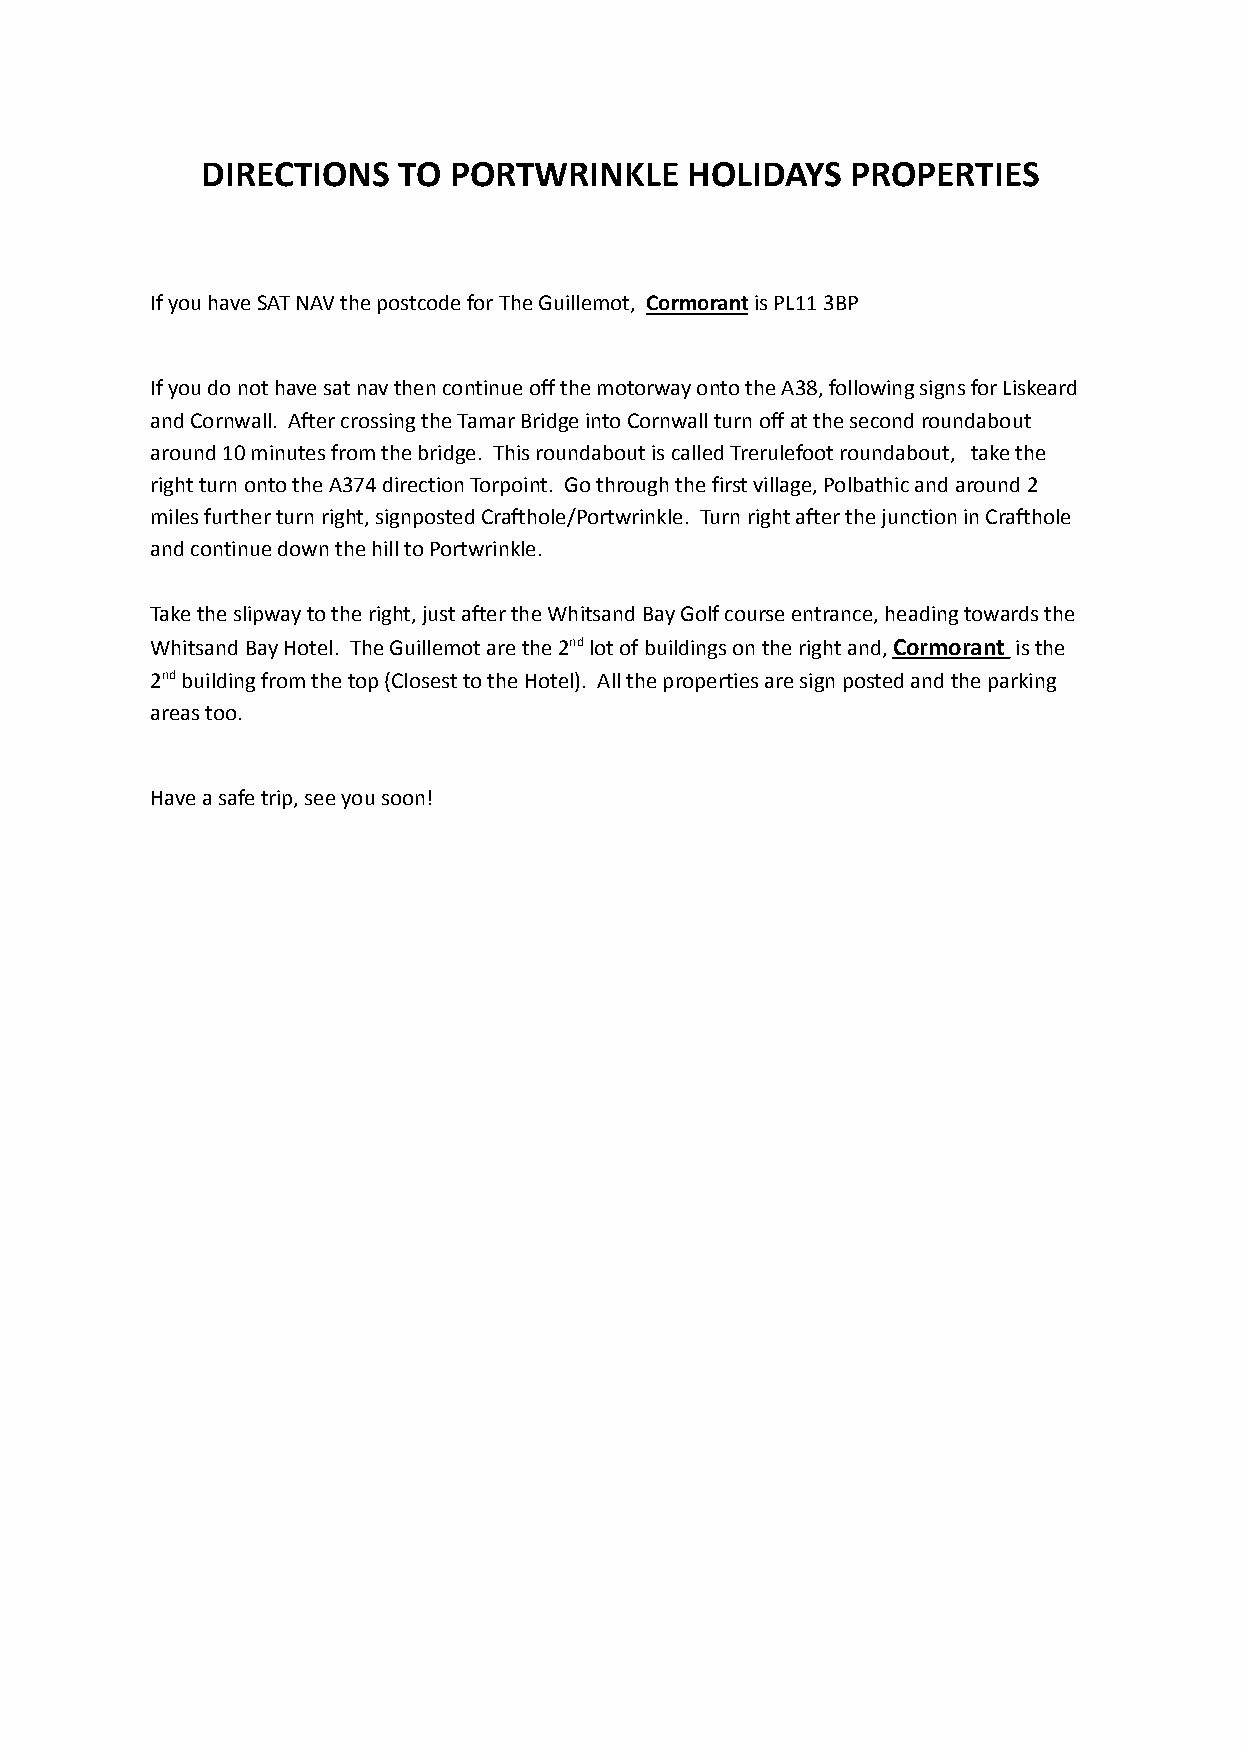
DIRECTIONS   TO  PORTWRINKLE     HOLIDAYS  PROPERTIES
 If you have SAT NAV the postcode for The Guillemot, Cormorantis PL11 3BP
 If you do not have sat nav then continue off the motorwayonto the A38, following signs for Liskeard
 and Cornwall. After crossing the Tamar Bridge intoCornwall turn off at the second roundabout
 around 10 minutes from the bridge. This roundaboutis called Trerulefoot roundabout, take the
 right turn onto the A374 direction Torpoint. Go throughthe first village, Polbathic and around 2
 miles further turn right, signposted Crafthole/Portwrinkle. Turn right after the junction in Crafthole
 and continue down the hill to Portwrinkle.
 Take the slipway to the right, just after the WhitsandBay Golf course entrance, heading towards the
 Whitsand Bay Hotel. The Guillemot are the 2ndlotof buildings on the right and,Cormorant is the
 2ndbuilding from the top (Closest to the Hotel). All the properties are sign posted and the parking
 areas too.
 Have a safe trip, see you soon!